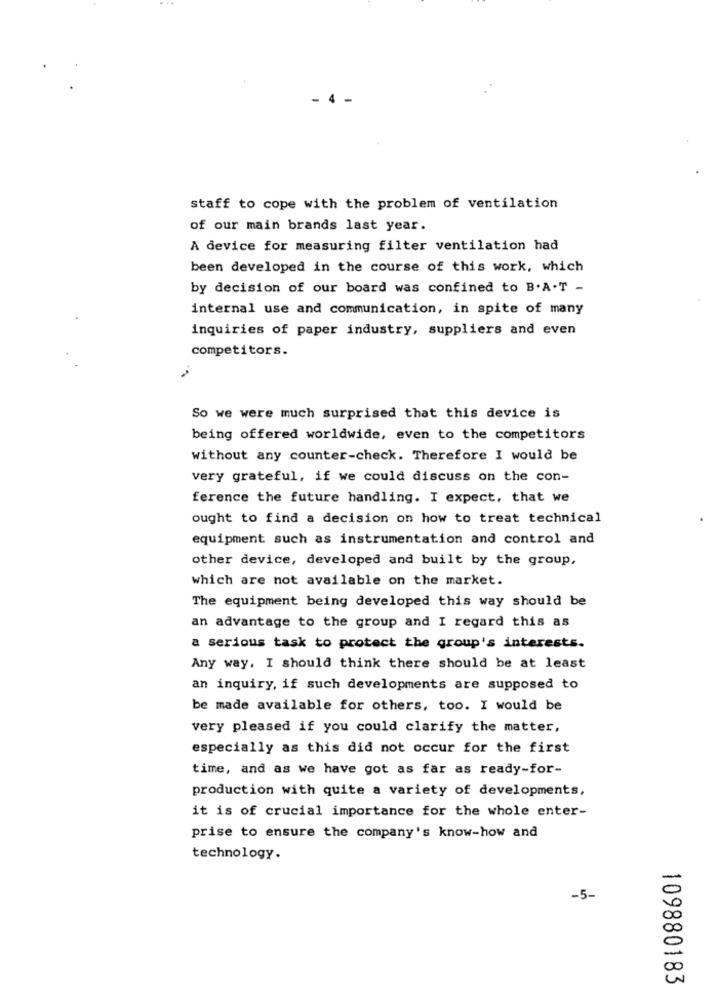
-
staff to cope with the problem of ventilation
of our main brands last year.
A device for measuring filter ventilation had
been developed in the course of this work, which
by decision of our board was confined to B.A.T -
internal use and communication, in spite of many
inquiries of paper industry, suppliers and even
competitors.
So we were much surprised that this device is
being offered worldwide, even to the competitors
without any counter-check. Therefore I would be
very grateful, if we could discuss on the con-
ference the future handling. I expect, that we
ought to find a decision on how to treat technical
equipment such as instrumentation and control and
other device, developed and built by the group,
which are not available on the market.
The equipment being developed this way should be
an advantage to the group and I regard this as
a serious task to protect the group's interests.
Any way, I should think there should be at least
an inquiry, if such developments are supposed to
be made available for others, too. I would be
very pleased if you could clarify the matter,
especially as this did not occur for the first
time, and as we have got as far as ready-for-
production with quite a variety of developments,
it is of crucial importance for the whole enter-
prise to ensure the company's know-how and
technology.
-5-
109880183